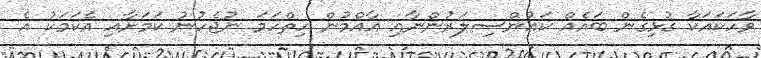
ވާހަކައަކާ ގުޅިގެން ބައެއް ކައުންސިލަރުންނާއި އާއްމުން ހިތްހަމަ ނުޖެހުނު ކަމަށާއި އެކަމަކު އެ